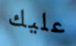
عليك